Report of the Imperial Institute of Veterinary Research, Muktesar
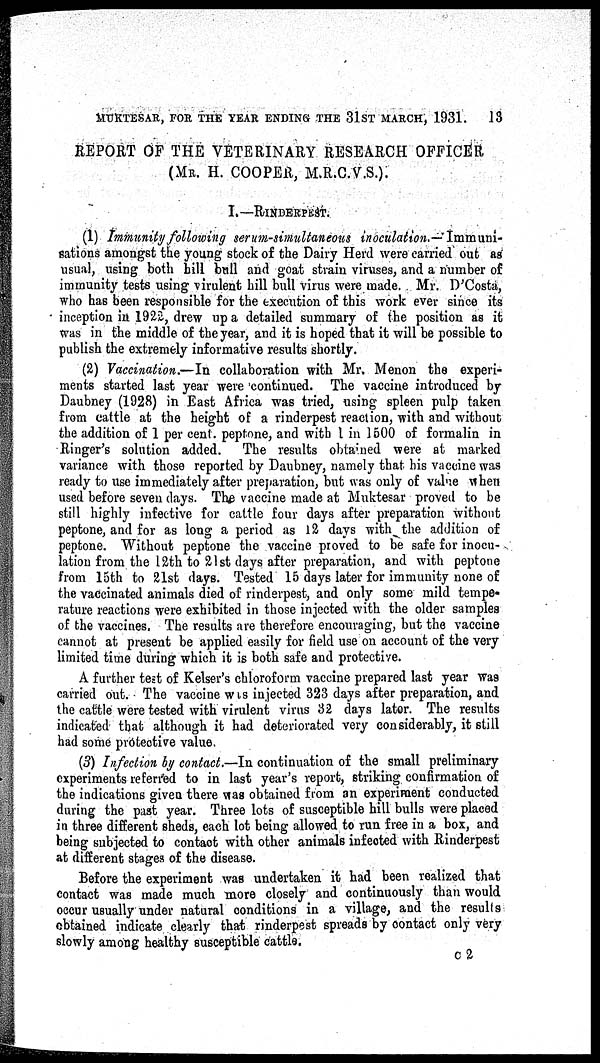
MUKTESAR, FOR THE YEAR ENDING THE 31ST MARCH, 1931.
13
REPORT OF THE VETERINARY RESEARCH OFFICER
(MR. H. COOPER, M.R.C.V.S.).
I.—RINDERPEST.
(1) Immunity following serum-simultaneous inoculation.— Immuni-
sations amongst the young stock of the Dairy Herd were carried out as
usual, using both hill bull and goat strain viruses, and a number of
immunity tests using virulent hill bull virus were made. Mr. D'Costa,
who has been responsible for the execution of this work ever since its
inception in 1922, drew up a detailed summary of the position as it
was in the middle of the year, and it is hoped that it will be possible to
publish the extremely informative results shortly.
(2) Vaccination.—In collaboration with Mr. Menon the experi-
ments started last year were continued. The vaccine introduced by
Daubney (1928) in East Africa was tried, using spleen pulp taken
from cattle at the height of a rinderpest reaction, with and without
the addition of 1 per cent. peptone, and with 1 in 1500 of formalin in
Ringer's solution added. The results obtained were at marked
variance with those reported by Daubney, namely that his vaccine was
ready to use immediately after preparation, but was only of value when
used before seven days. The vaccine made at Muktesar proved to be
still highly infective for cattle four days after preparation without
peptone, and for as long a period as 12 days with the addition of
peptone. Without peptone the vaccine proved to be safe for inocu-
lation from the 12th to 21st days after preparation, and with peptone
from 15th to 21st days. Tested 15 days later for immunity none of
the vaccinated animals died of rinderpest, and only some mild tempe-
rature reactions were exhibited in those injected with the older samples
of the vaccines. The results are therefore encouraging, but the vaccine
cannot at present be applied easily for field use on account of the very
limited time during which it is both safe and protective.
A further test of Kelser's chloroform vaccine prepared last year was
carried out. The vaccine was injected 323 days after preparation, and
the cattle were tested with virulent virus 32 days later. The results
indicated that although it had deteriorated very considerably, it still
had some protective value.
(3) Infection by contact.—In continuation of the small preliminary
experiments referred to in last year's report, striking confirmation of
the indications given there was obtained from an experiment conducted
during the past year. Three lots of susceptible hill bulls were placed
in three different sheds, each lot being allowed to run free in a box, and
being subjected to contact with other animals infected with Rinderpest
at different stages of the disease.
Before the experiment was undertaken it had been realized that
contact was made much more closely and continuously than would
occur usually under natural conditions in a village, and the results
obtained indicate clearly that rinderpest spreads by contact only very
slowly among healthy susceptible cattle.
C 2